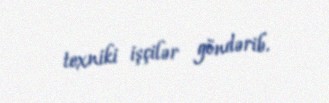
texniki işçilər göndərib.